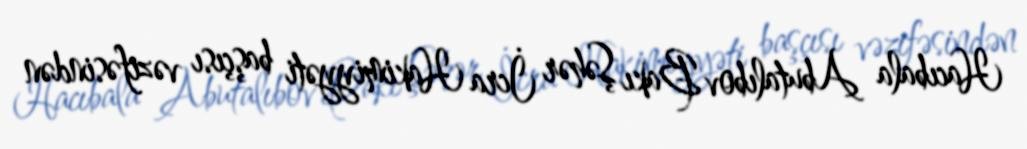
Hacıbala Abutalıbov Bakı Şəhər İcra Hakimiyyəti başçısı vəzifəsindən